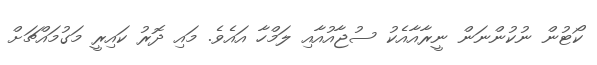
ކޯޓުން ނުކުންނަން ނީރާއާއެކު ސުޖާއުއާއި ލަމްހާ އައެވެ. މައި ދޮރު ކައިރީ މަގުމައްޗަށް